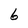
Character: 6